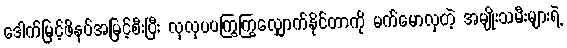
ဒေါက်မြင့်ဖိနပ်အမြင့်စီးပြီး လှလှပပကြွကြွလျှောက်နိုင်တာကို မက်မောလှတဲ့ အမျိုးသမီးများရဲ့